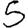
Digit: 5